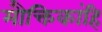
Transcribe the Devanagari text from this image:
मौक्तिकांहि